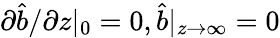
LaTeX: \partial\hat{b}/\partial z|_{0}=0,\hat{b}|_{z\rightarrow\infty}=0